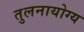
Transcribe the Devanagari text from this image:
तुलनायोग्य